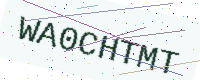
Text: WA0CHTMT